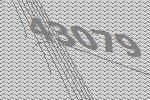
43079